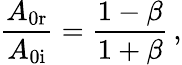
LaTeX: \frac{A_{\mathrm{0r}}}{A_{\mathrm{0i}}}=\frac{1-\beta}{1+\beta}\, ,